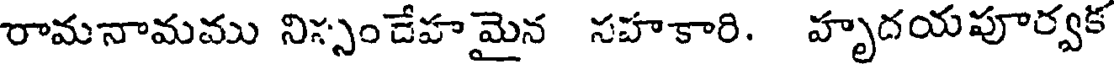
రామనామము నిస్సండేహ మైన సహకారి. హృదయపూర్వక